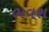
ભવશ